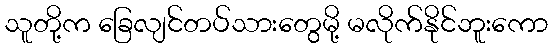
သူတို့က ခြေလျင်တပ်သားတွေမို့ မလိုက်နိုင်ဘူးကော